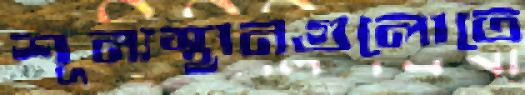
শূন্যস্থানগুলোতে